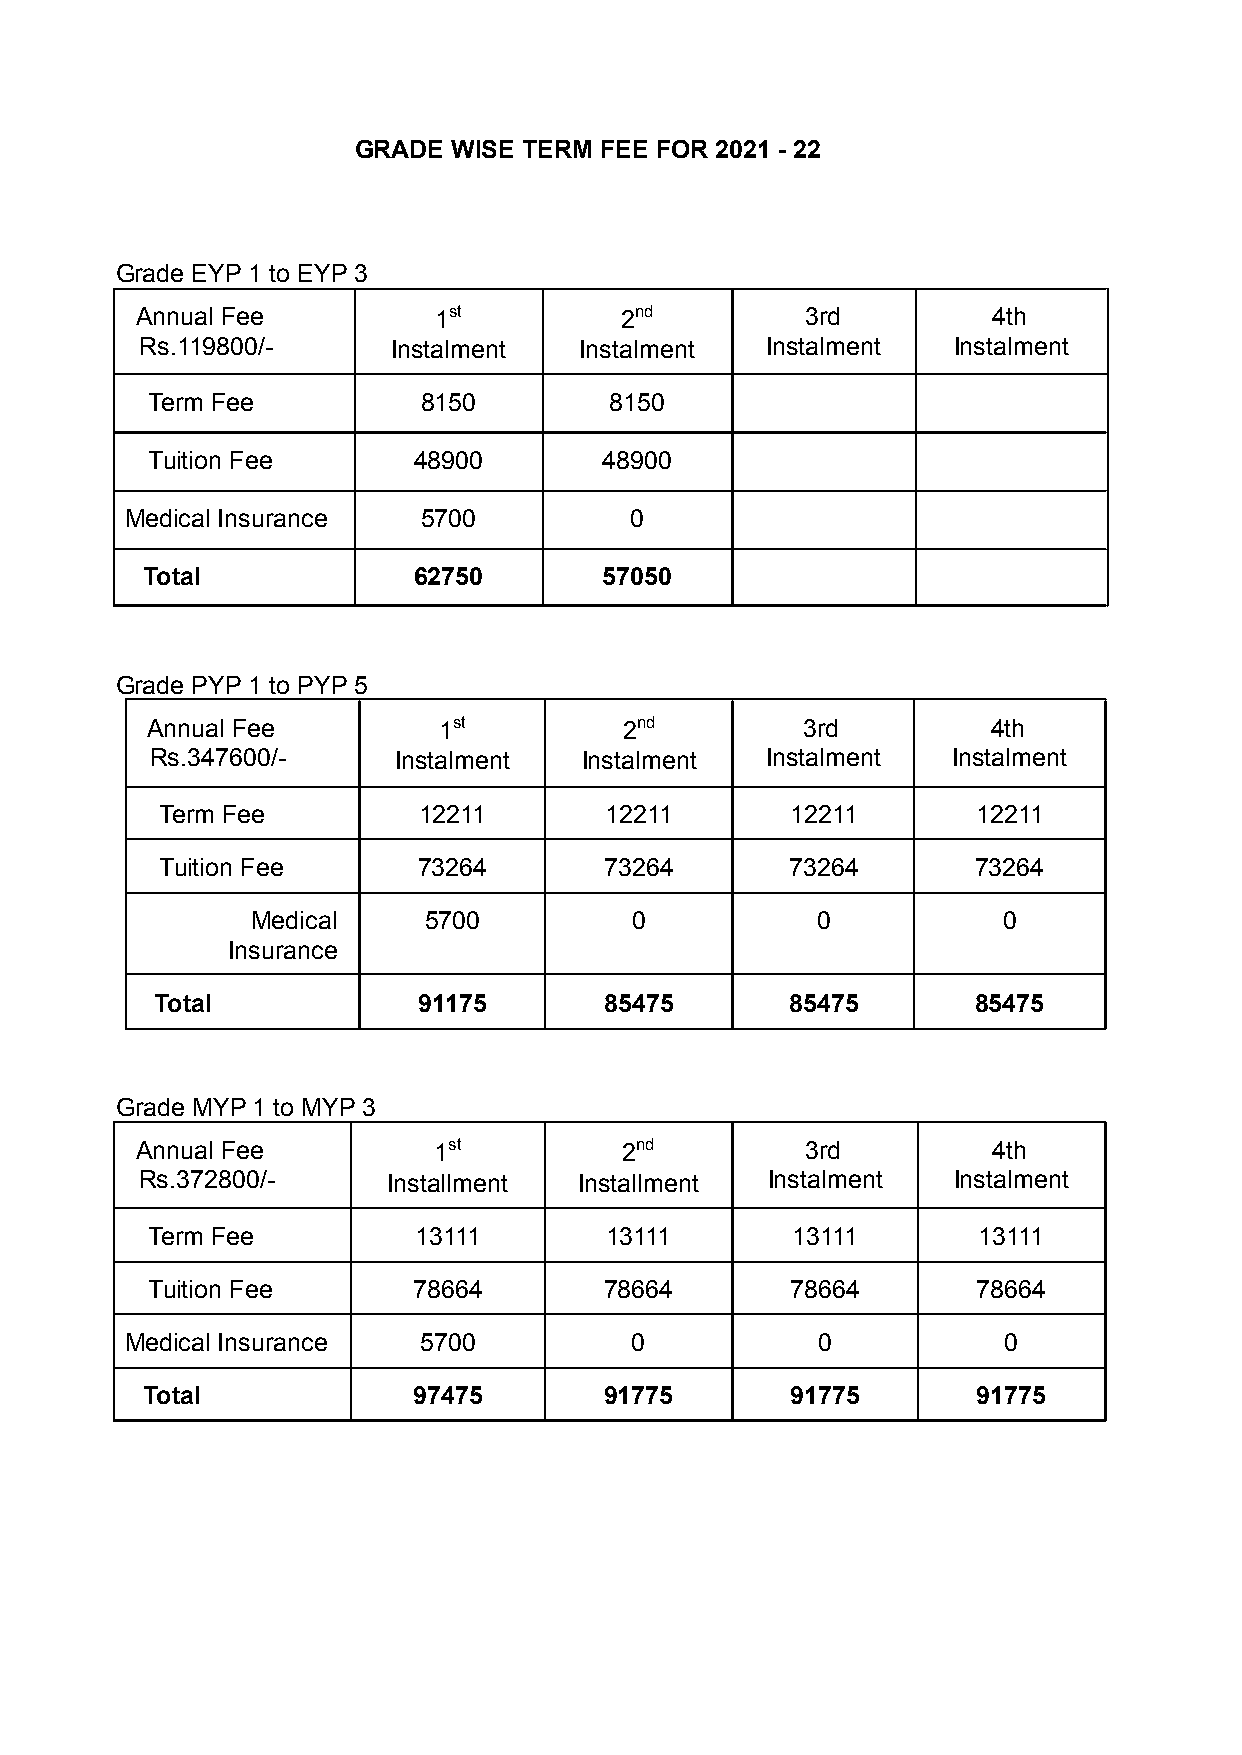
GRADE  WISE TERM FEE FOR 2021 - 22
 Grade EYP 1 to EYP 3
 Annual Fee          1st         2nd         3rd          4th
 Rs.119800/-      Instalment  Instalment   Instalment  Instalment
 Term Fee          8150        8150
 Tuition Fee      48900        48900
 Medical Insurance   5700          0
 Total             62750        57050
 Grade PYP 1 to PYP 5
 Annual Fee         1st         2nd         3rd          4th
 Rs.347600/-     Instalment  Instalment   Instalment  Instalment
 Term Fee         12211       12211       12211        12211
 Tuition Fee      73264       73264       73264        73264
 Medical    5700          0           0           0
 Insurance
 Total             91175       85475       85475        85475
 Grade MYP 1 to MYP 3
 Annual Fee          1st         2nd         3rd          4th
 Rs.372800/-      Installment Installment  Instalment  Instalment
 Term Fee         13111        13111       13111        13111
 Tuition Fee      78664        78664       78664        78664
 Medical Insurance   5700          0           0           0
 Total             97475        91775       91775        91775